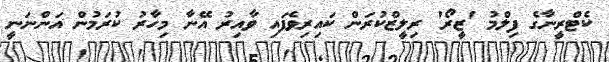
ކެޓްރީނާގެ ފިލްމު 'ޒީރޯ' ރިލީޒްކުރަން ކައިރިވެފައި ވާއިރު އޭނާ މިހާރު ކުރަމުން އަންނަނީ